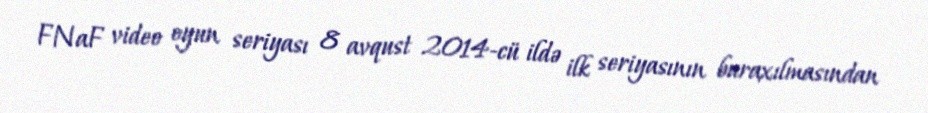
FNaF video oyun seriyası 8 avqust 2014-cü ildə ilk seriyasının buraxılmasından